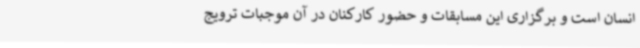
انسان است و برگزاری این مسابقات و حضور کارکنان در آن موجبات ترویج